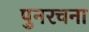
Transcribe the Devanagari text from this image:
पुनरचना